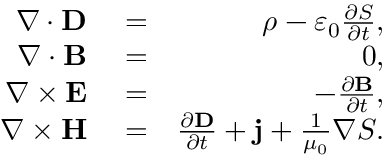
\begin{array} { r l r } { \nabla \cdot \mathbf { D } } & { { } = } & { \rho - \varepsilon _ { 0 } \frac { \partial S } { \partial t } , } \\ { \nabla \cdot \mathbf { B } } & { { } = } & { 0 , } \\ { \nabla \times \mathbf { E } } & { { } = } & { - \frac { \partial \mathbf { B } } { \partial t } , } \\ { \nabla \times \mathbf { H } } & { { } = } & { \frac { \partial \mathbf { D } } { \partial t } + \mathbf { j } + \frac { 1 } { \mu _ { 0 } } \nabla S . } \end{array}